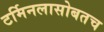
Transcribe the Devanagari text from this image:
टर्मिनलासोबतच